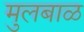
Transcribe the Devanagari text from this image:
मुलबाळ